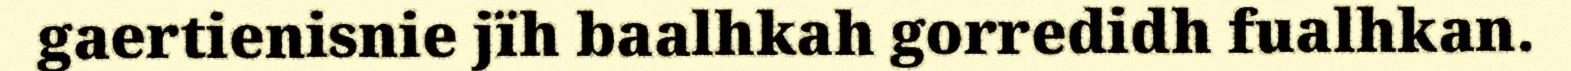
gaertienisnie jïh baalhkah gorredidh fualhkan.